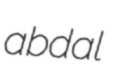
abdal